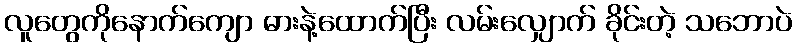
လူတွေကိုနောက်ကျော ဓားနဲ့ထောက်ပြီး လမ်းလျှောက် ခိုင်းတဲ့ သဘောပဲ